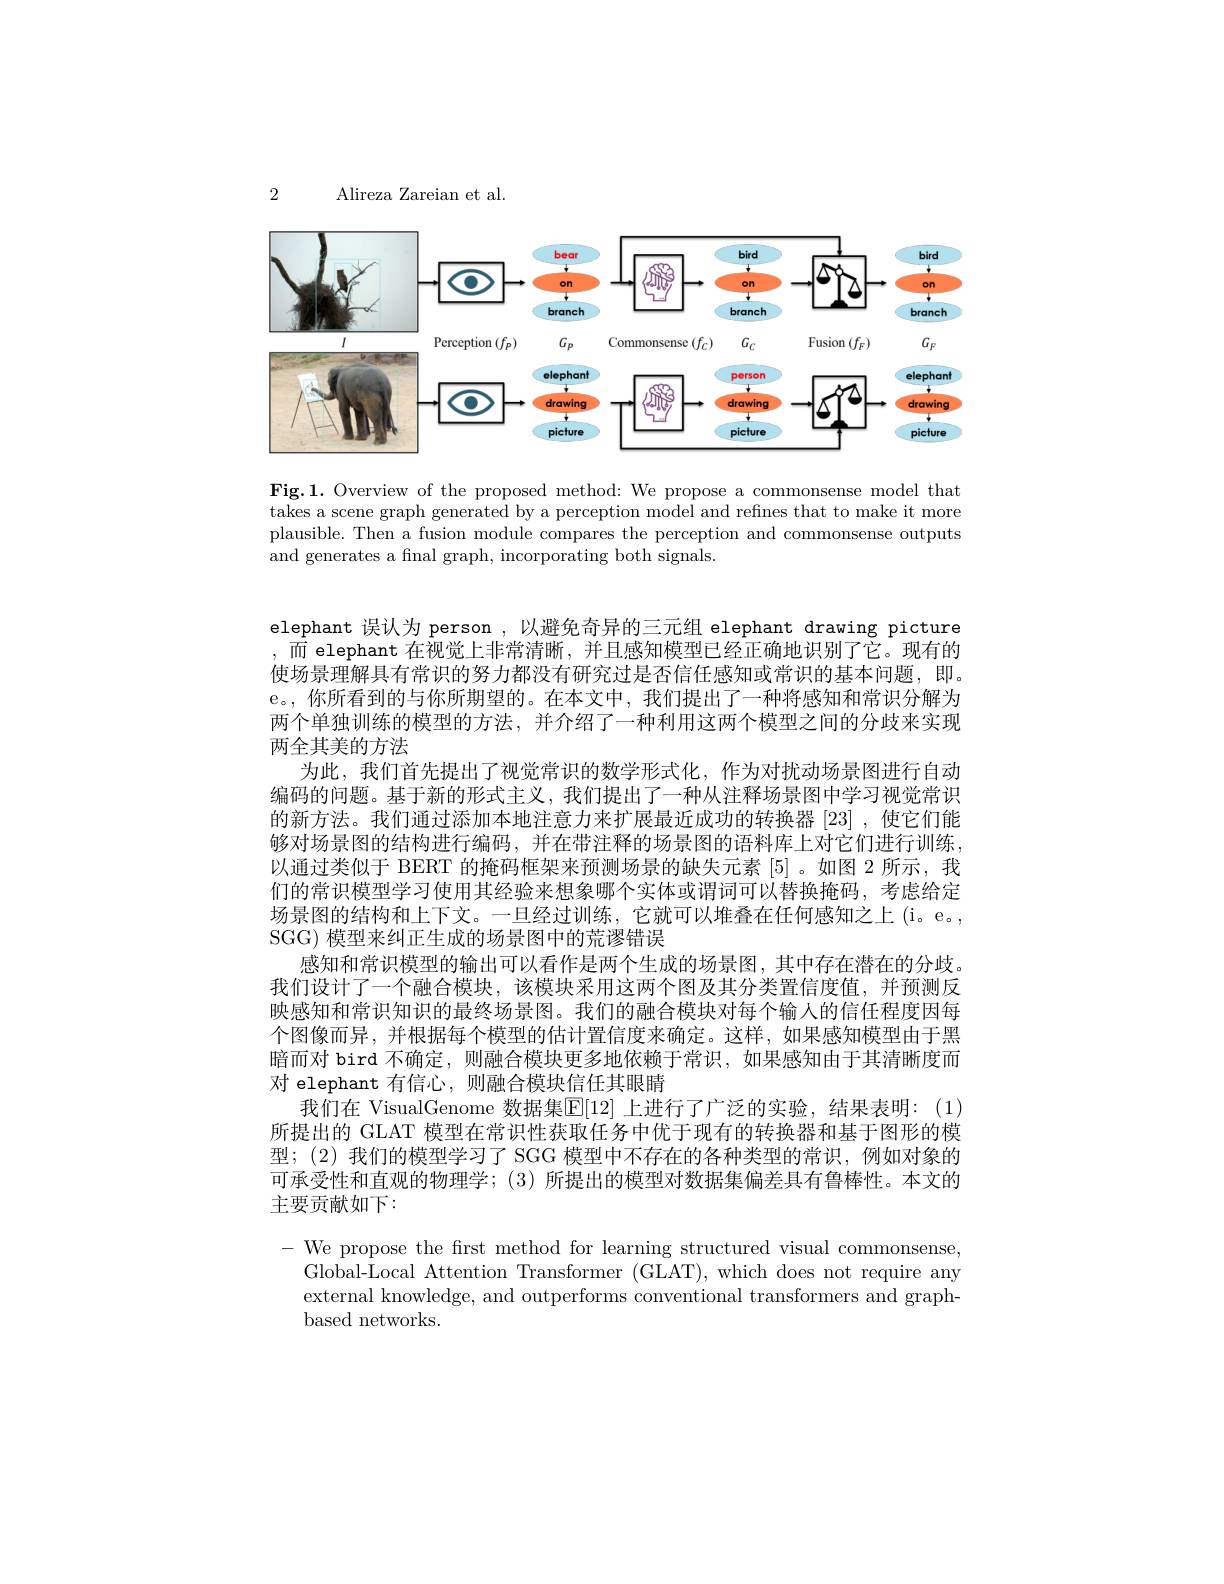
2

Alireza Zareian et al.

<FigureHere>

Fig.1. Overview of the proposed method: We propose a commonsense model that takes a scene graph generated by a perception model and refines that to make it more plausible. Then a fusion module compares the perception and commonsense outputs and generates a final graph, incorporating both signals.

elephant 误认为 person ,以避免奇异的三元组 elephant drawing picture 而 elephant 在视觉上非常清晰，并且感知模型已经正确地识别了它。现有的使场景理解具有常识的努力都没有研究过是否信任感知或常识的基本问题，即。e。, 你所看到的与你所期望的。在本文中，我们提出了一种将感知和常识分解为两个单独训练的模型的方法，并介绍了一种利用这两个模型之间的分歧来实现两全其美的方法
为此，我们首先提出了视觉常识的数学形式化，作为对扰动场景图进行自动编码的问题。基于新的形式主义，我们提出了一种从注释场景图中学习视觉常识的新方法。我们通过添加本地注意力来扩展最近成功的转换器 [23] ,使它们能够对场景图的结构进行编码，并在带注释的场景图的语料库上对它们进行训练， 以通过类似于 BERT 的掩码框架来预测场景的缺失元素[5]。如图 2 所示，我们的常识模型学习使用其经验来想象哪个实体或谓词可以替换掩码，考虑给定场景图的结构和上下文。一旦经过训练，它就可以堆叠在任何感知之上(i。e。, SGG) 模型来纠正生成的场景图中的荒谬错误
感知和常识模型的输出可以看作是两个生成的场景图，其中存在潜在的分歧。我们设计了一个融合模块，该模块采用这两个图及其分类置信度值，并预测反映感知和常识知识的最终场景图。我们的融合模块对每个输入的信任程度因每个图像而异，并根据每个模型的估计置信度来确定。这样，如果感知模型由于黑暗而对 bird 不确定，则融合模块更多地依赖于常识，如果感知由于其清晰度而对 elephant 有信心，则融合模块信任其眼睛
我们在 VisualGenome 数据集$\boxed{\mathrm{E}}[12]$ 上进行了广泛的实验，结果表明：(1) 所提出的 GLAT 模型在常识性获取任务中优于现有的转换器和基于图形的模型；(2)我们的模型学习了 SGG 模型中不存在的各种类型的常识，例如对象的可承受性和直观的物理学；(3)所提出的模型对数据集偏差具有鲁棒性。本文的主要贡献如下：
- We propose the frst method for learning structured visual commonsense,
Global-Local Attention Transformer (GLAT), which does not require any

external knowledge, and outperforms conventional transformers and graph-
based networks.